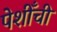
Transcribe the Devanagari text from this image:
पेशीँची